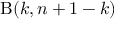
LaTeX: \mathrm { B } ( k , n + 1 - k )